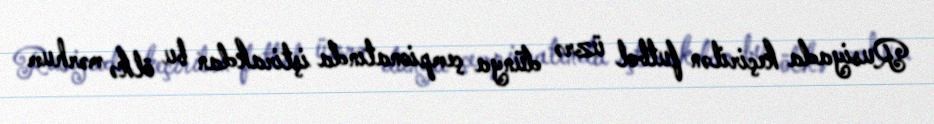
Rusiyada keçirilən futbol üzrə dünya çempionatında iştirakdan bu ölkə mərhum